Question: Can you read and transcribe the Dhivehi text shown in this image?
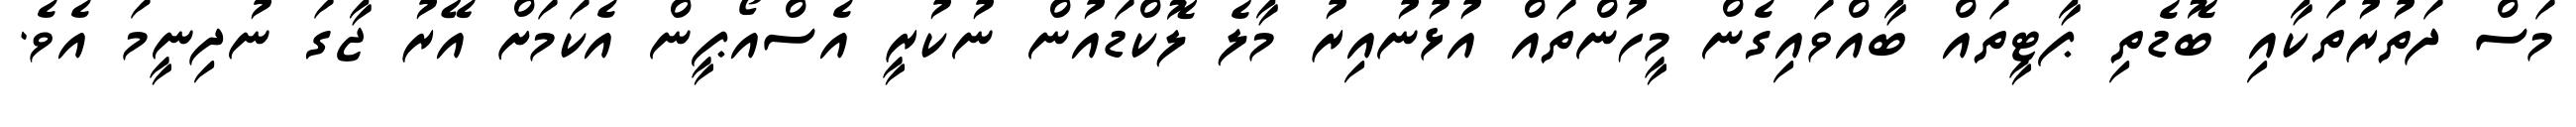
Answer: މަސް ދަތުރުތަކާއި ބޮޑެތި ޕާޓީތައް ބާއްވައިގެން މީހުންތައް އުޅުނުއިރު މާލެ ލޮކްޑައުން ނުކުރީ އެސްއޯޕީން އެކަމަށް އޭރު ޖާގަ ނުދިނީމަ އެވެ.